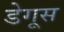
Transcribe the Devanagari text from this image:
डेगूस